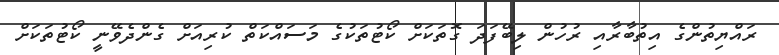
ރައްޔިތުންގެ އިތުބާރާއި ރުހުން ލިބޭފަދަ ގޮތަކަށް ކޯޓުތަކުގެ މަސައްކަތް ކުރިއަށް ގެންދެވޭނީ ކޯޓުތަކަށް